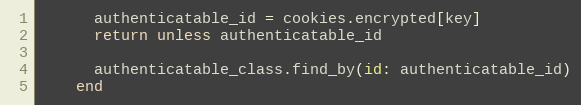
Language: Ruby
      authenticatable_id = cookies.encrypted[key]
      return unless authenticatable_id

      authenticatable_class.find_by(id: authenticatable_id)
    end